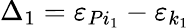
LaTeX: \Delta_{1}=\varepsilon_{Pi_{1}}-\varepsilon_{k_{1}}